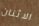
الاثنان